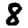
Digit: 8